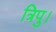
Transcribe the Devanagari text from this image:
त्रिपु।